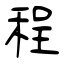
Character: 程